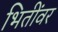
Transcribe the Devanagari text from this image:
भितींवर